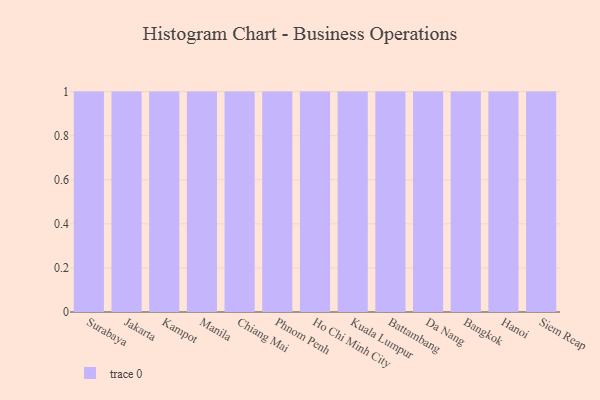
{"axis": {"x": "City", "y": "Conversion Rate (%)"}, "legend": [""], "data": [{"x": "Surabaya", "y": 86, "type": ""}, {"x": "Jakarta", "y": 94, "type": ""}, {"x": "Kampot", "y": 39, "type": ""}, {"x": "Manila", "y": 33, "type": ""}, {"x": "Chiang Mai", "y": 20, "type": ""}, {"x": "Phnom Penh", "y": 37, "type": ""}, {"x": "Ho Chi Minh City", "y": 61, "type": ""}, {"x": "Kuala Lumpur", "y": 14, "type": ""}, {"x": "Battambang", "y": 51, "type": ""}, {"x": "Da Nang", "y": 34, "type": ""}, {"x": "Bangkok", "y": 19, "type": ""}, {"x": "Hanoi", "y": 91, "type": ""}, {"x": "Siem Reap", "y": 41, "type": ""}]}